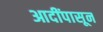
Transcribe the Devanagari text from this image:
आदींपासून